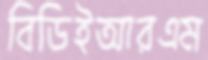
বিডিইআরএম